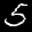
Label: 5